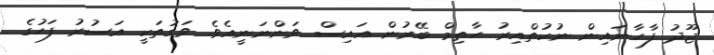
ޖޫދު ފާހާނައިން ނުކުތްއިރު ހާތިމް ބޭރުން އައިސް ވަންނަނީއެވެ. ވަގުތަކީ އަސުރު ފަހުގެ